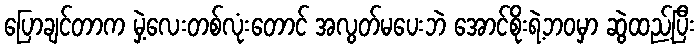
ပြောချင်တာက မှဲ့လေးတစ်လုံးတောင် အလွတ်မပေးဘဲ အောင်စိုးရဲ့ဘဝမှာ ဆွဲထည့်ပြီး